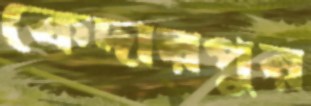
কেদারপুর